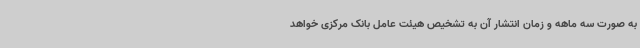
به صورت سه ماهه و زمان انتشار آن به تشخیص هیئت عامل بانک مرکزی خواهد